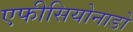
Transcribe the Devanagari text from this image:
एफीसियोनाडो